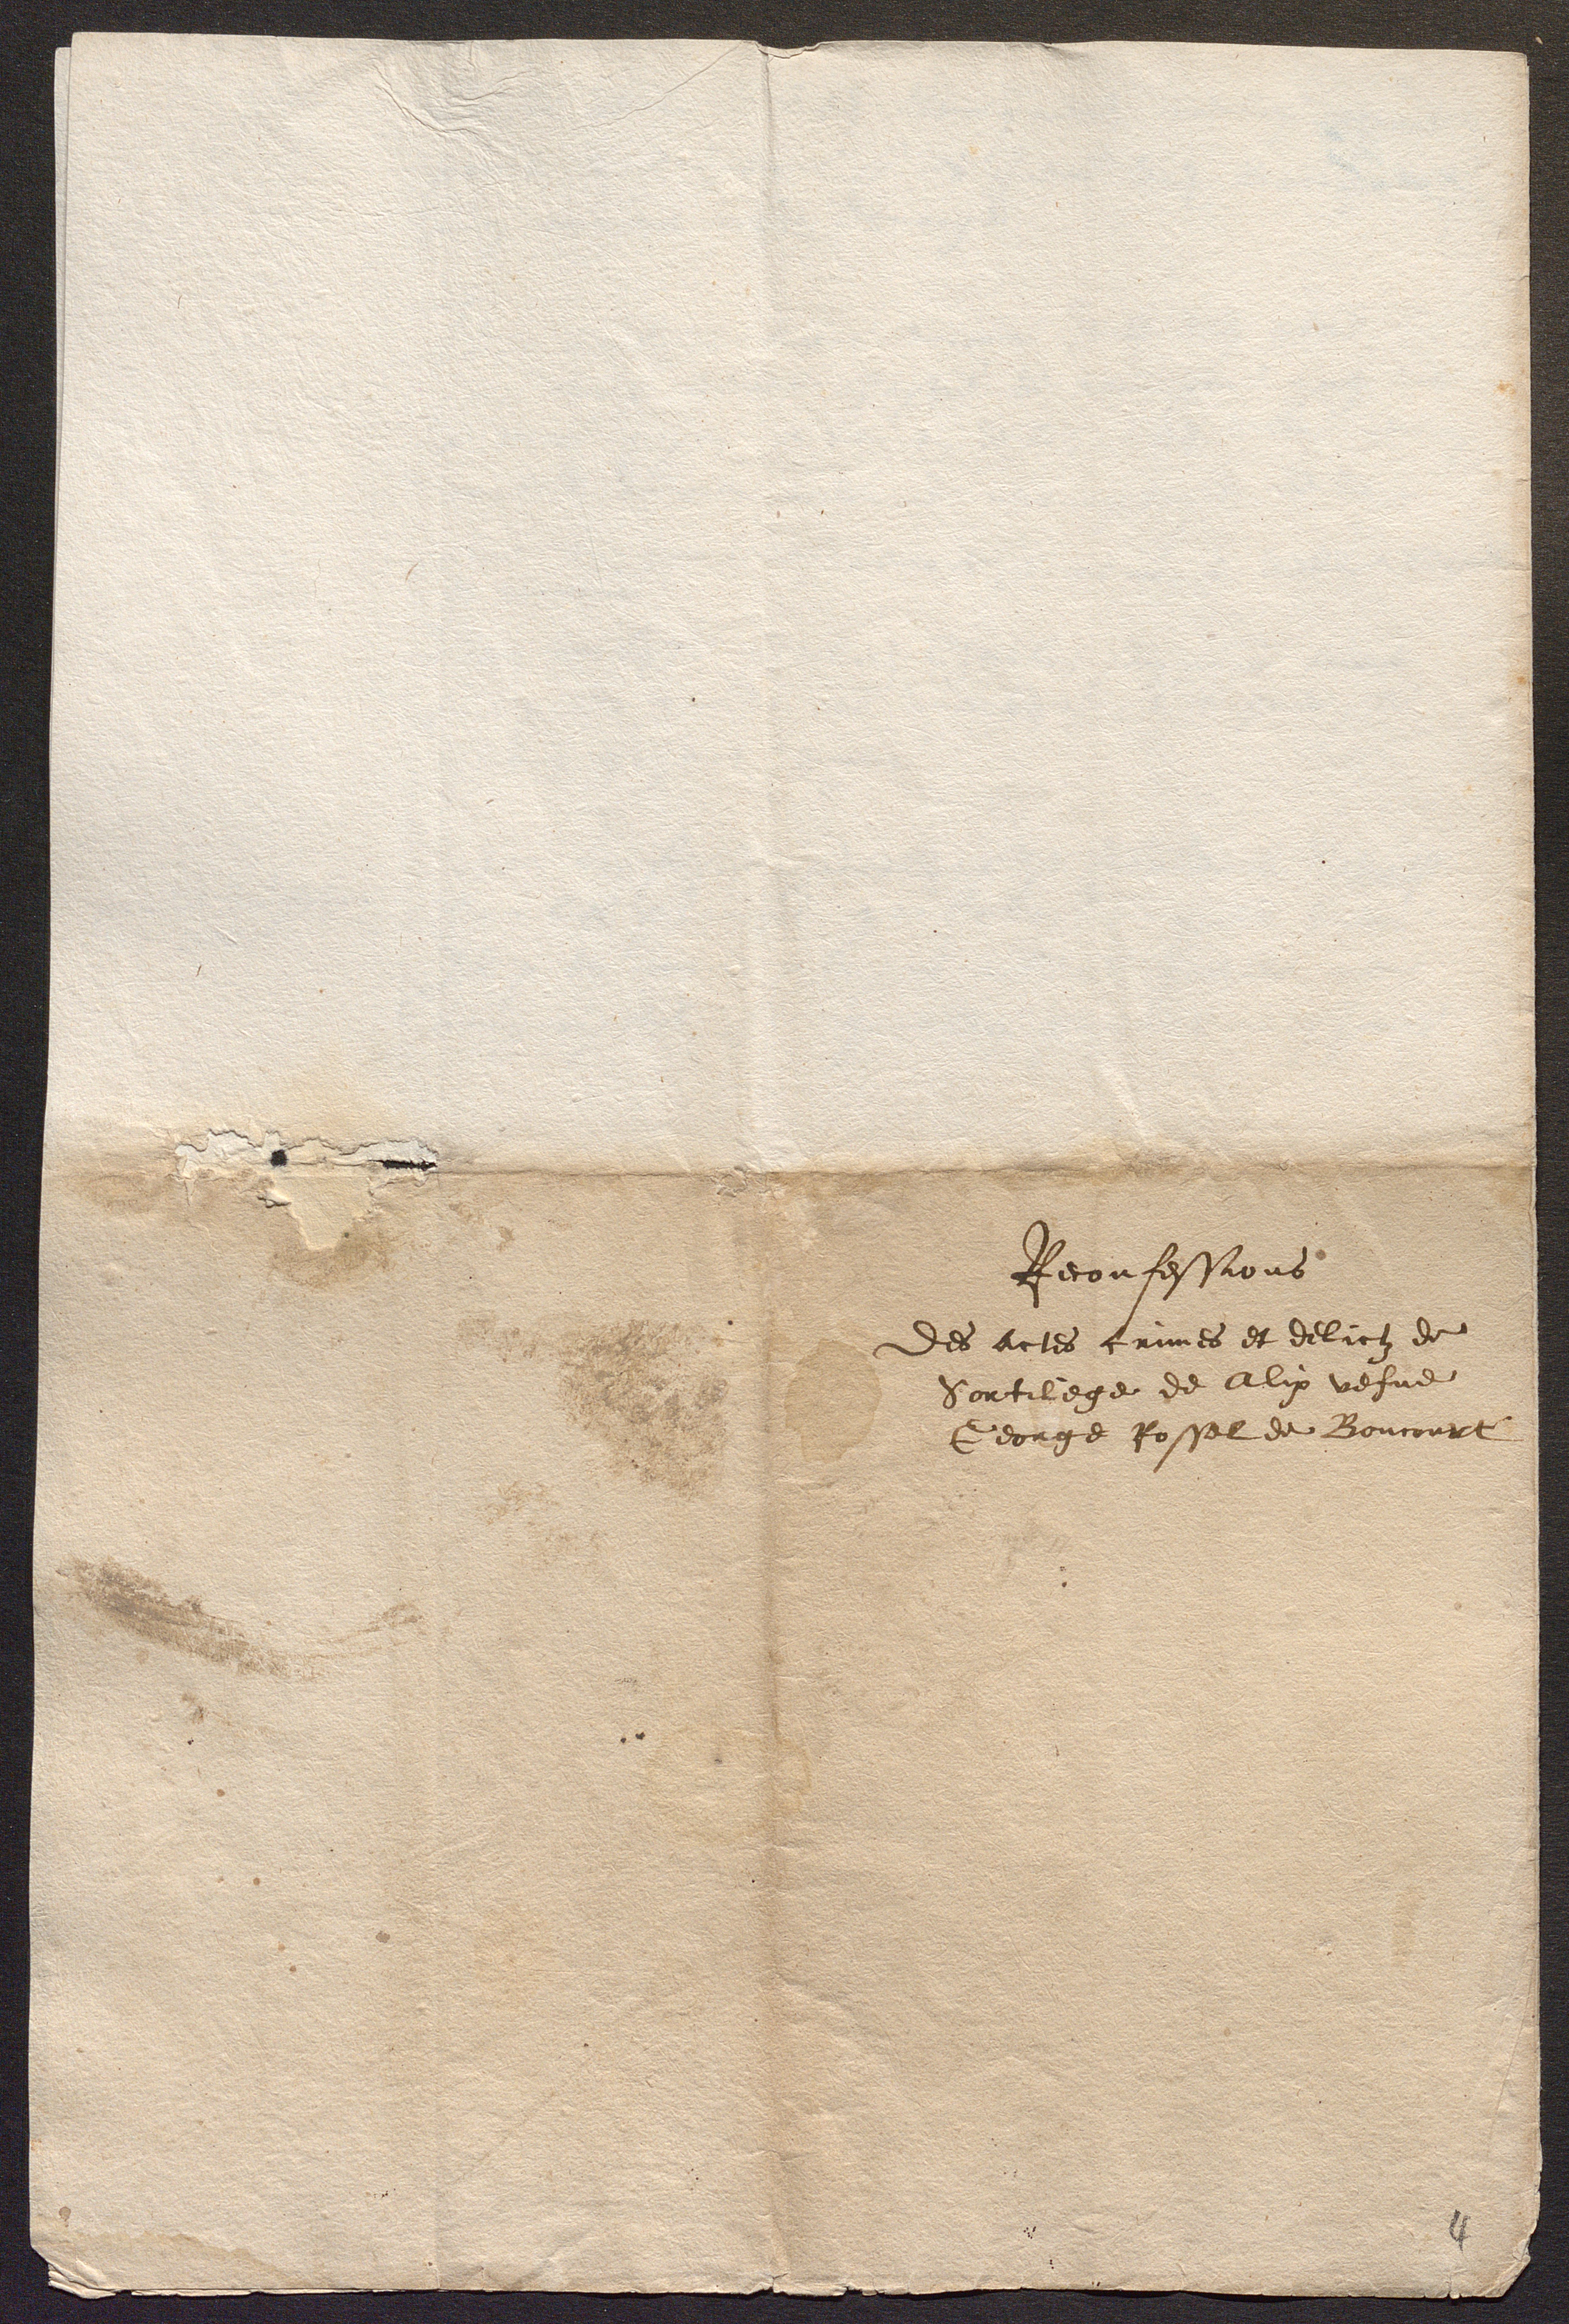
Reconfessions
Des actes crimes et delictz de
Sortilege de Alix vefve
George Rossel de Boncourt